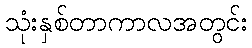
သုံးနှစ်တာကာလအတွင်း